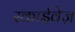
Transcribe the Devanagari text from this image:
स्काईवेज़